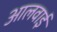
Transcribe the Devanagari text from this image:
आलवाई